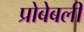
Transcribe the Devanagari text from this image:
प्रोबेबली